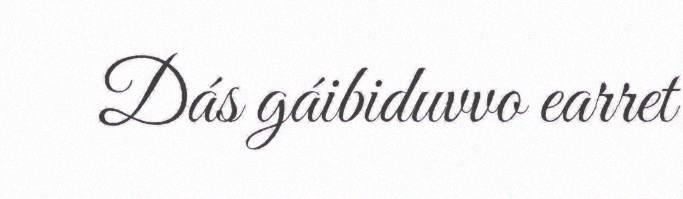
Dás gáibiduvvo earret